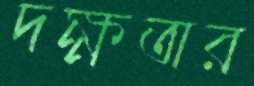
দক্ষতার